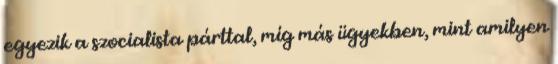
egyezik a szocialista párttal, míg más ügyekben, mint amilyen